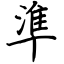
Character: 準